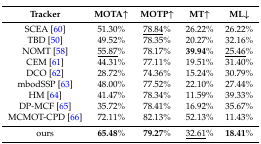
| Tracker | MOTA↑ | MOTP↑ | MT↑ | ML↓ |
 | --- | --- | --- | --- | --- |
 | SCEA [60] | 51.30% | <underline>78.84%</underline> | 26.22% | 26.22% |
 | TBD [50] | 49.52% | 78.35% | 20.27% | 32.16% |
 | NOMT [58] | <underline>55.87%</underline> | 78.17% | 39.94% | <underline>25.46%</underline> |
 | CEM [61] | 44.31% | 77.11% | 19.51% | 31.40% |
 | DCO [62] | 28.72% | 74.36% | 15.24% | 30.79% |
 | mbodSSP [63] | 48.00% | 77.52% | 22.10% | 27.44% |
 | HM [64] | 41.47% | 78.34% | 11.59% | 39.33% |
 | DP-MCF [65] | 35.72% | 78.41% | 16.92% | 35.67% |
 | MCMOT-CPD [66] | 72.11% | 82.13% | 52.13% | 11.43% |
 | ours | 65.48% | 79.27% | <underline>32.61%</underline> | 18.41% |